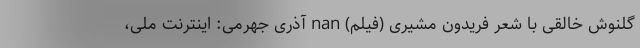
گلنوش خالقی با شعر فریدون مشیری (فیلم) nan آذری جهرمی: اینترنت ملی،